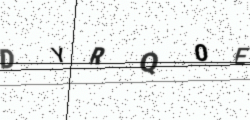
Text: DYRQ0E